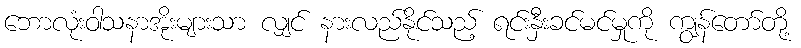
ဘောလုံးဝါသနာအိုးများသာ လျှင် နားလည်နိုင်သည့် ရင်းနှီးခင်မင်မှုကို ကျွန်တော်တို့